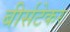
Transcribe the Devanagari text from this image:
बीर्सटेकर